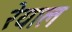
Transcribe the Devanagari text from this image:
रेयाल